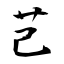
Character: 芑